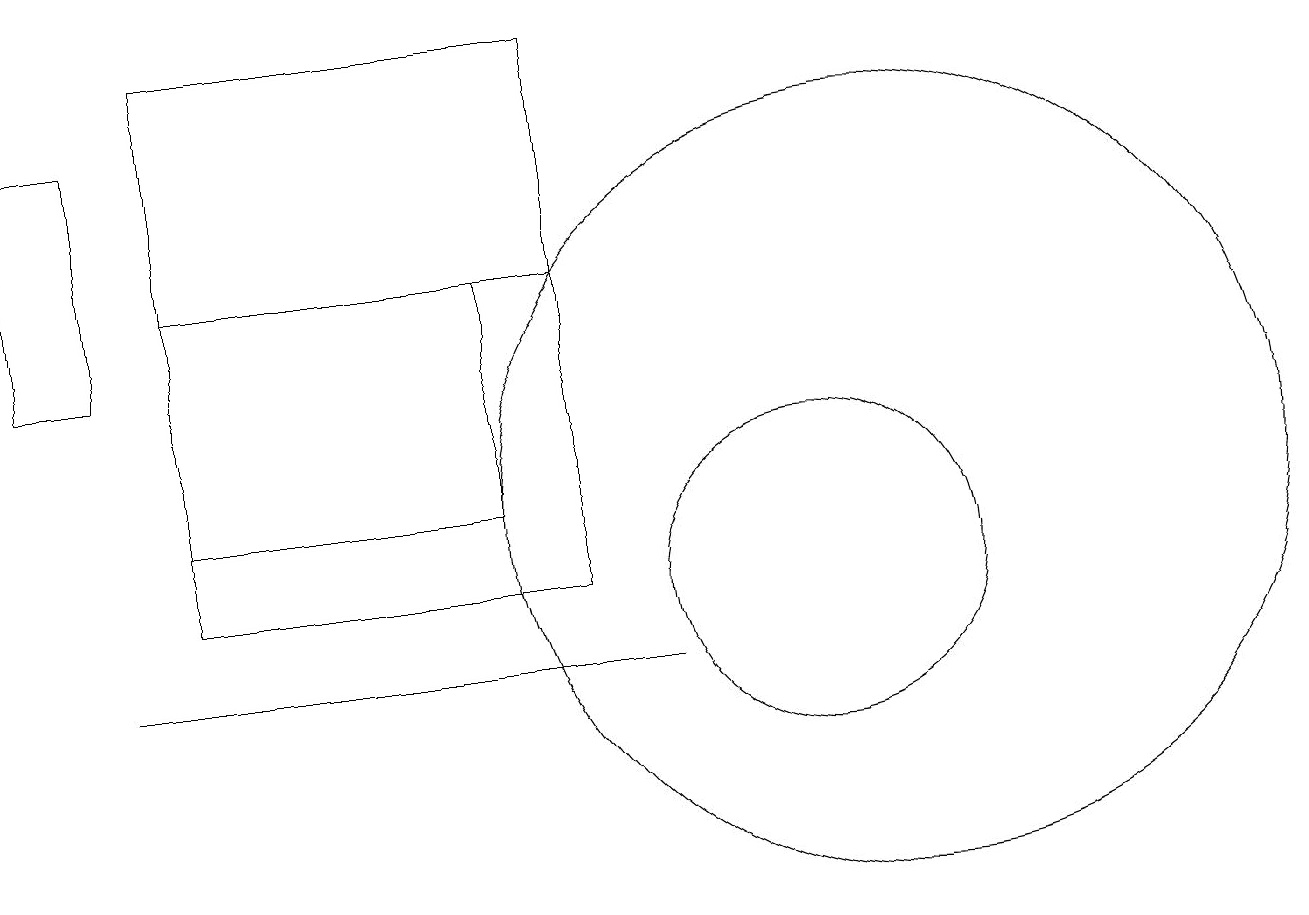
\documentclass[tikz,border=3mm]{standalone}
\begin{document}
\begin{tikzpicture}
\draw (12,12) circle (5);
\draw (3,11) rectangle (8,15);
\draw (8,18) rectangle (3,11);
\draw (11,11) circle (2);
\draw (2,10) rectangle (9,10);
\draw (1,17) rectangle (2,14);
\draw (7,12) rectangle (3,15);
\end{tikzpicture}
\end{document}